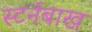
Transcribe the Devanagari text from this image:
स्टर्नबाख